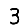
Digit: 3